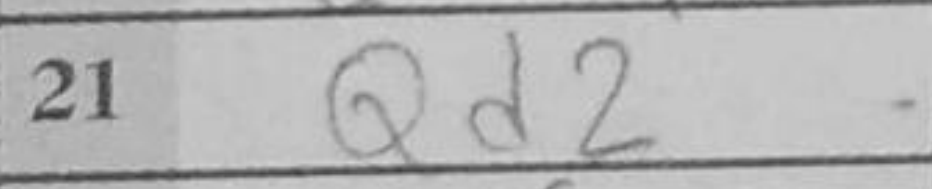
Transcription: Qd2